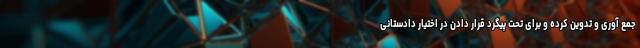
جمع آوری و تدوین کرده و برای تحت پیگرد قرار دادن در اختیار دادستانی